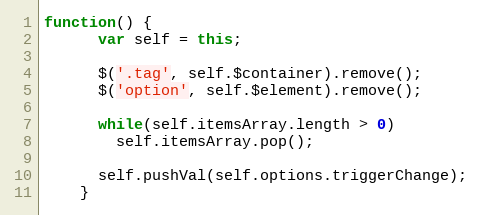
Language: JavaScript
function() {
      var self = this;

      $('.tag', self.$container).remove();
      $('option', self.$element).remove();

      while(self.itemsArray.length > 0)
        self.itemsArray.pop();

      self.pushVal(self.options.triggerChange);
    }